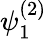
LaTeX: \psi_{1}^{(2)}